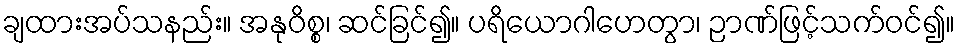
ချထားအပ်သနည်း။ အနုဝိစ္စ၊ ဆင်ခြင်၍။ ပရိယောဂါဟေတွာ၊ ဉာဏ်ဖြင့်သက်ဝင်၍။